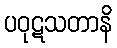
ပဝုဋသတာနိ